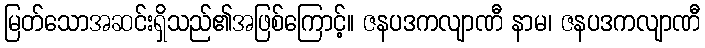
မြတ်သောအဆင်းရှိသည်၏အဖြစ်ကြောင့်။ ဇနပဒကလျာဏီ နာမ၊ ဇနပဒကလျာဏီ